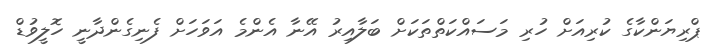
ޕްރިޔަންކާގެ ކުރިއަށް ހުރި މަސައްކަތްތަކަށް ބަލާއިރު އޭނާ އެންމެ އަވަހަށް ފެނިގެންދާނީ ހޮލީވުޑް